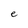
Character: e